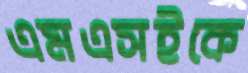
এমএসইকে